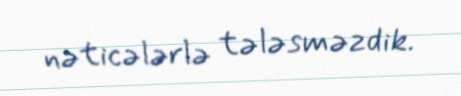
nəticələrlə tələsməzdik.